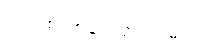
ပလာစတာနဲ့ ပတ်ရပါမယ်။